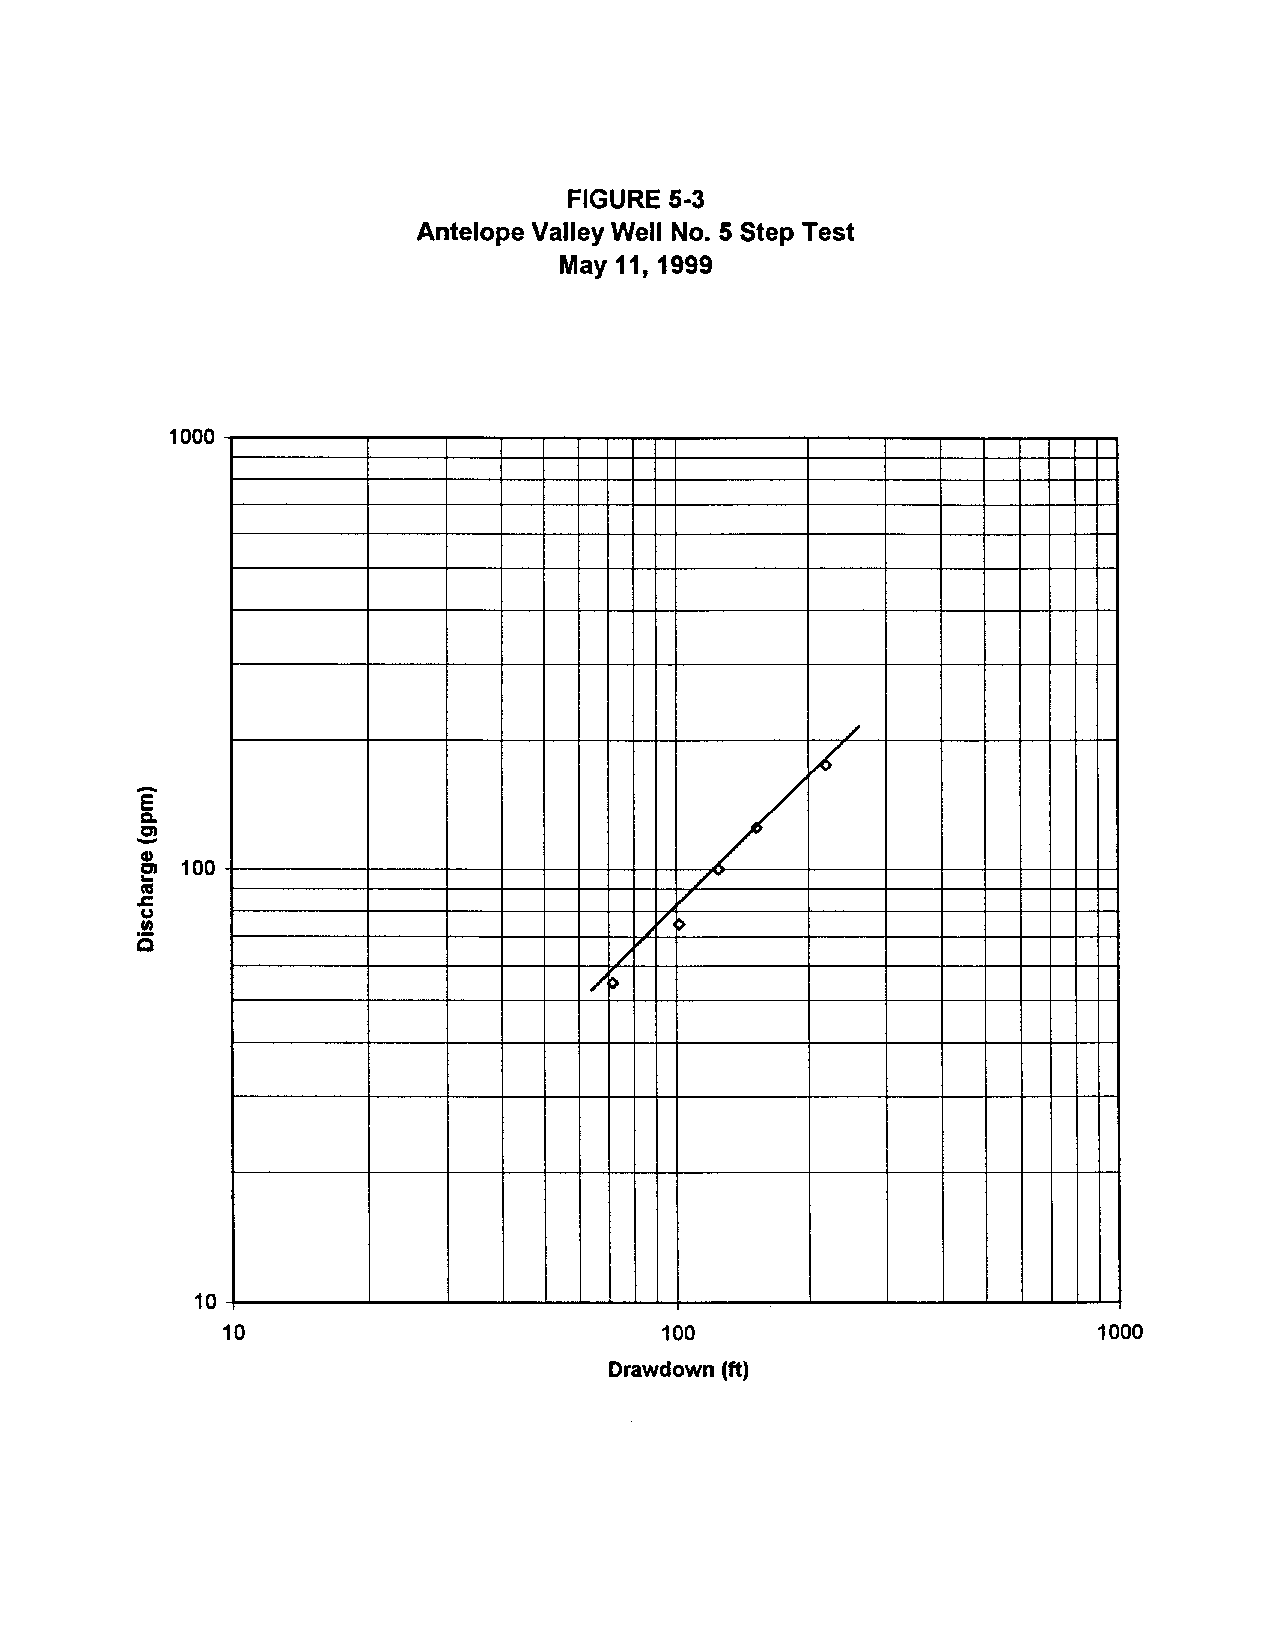
FIGURE 5-3
 Antelope Valley Well No.5 Step Test
 May 11, 1999
 1000
 /
 ~
 /
 E
 -c.
 en
 CD
 e' 100
 /~
 ftS
 .c                                  V
 u                                   >
 en                                ~I'
 Q
 /'f'
 /~
 10
 10                           100                          1000
 Drawdown (tt)